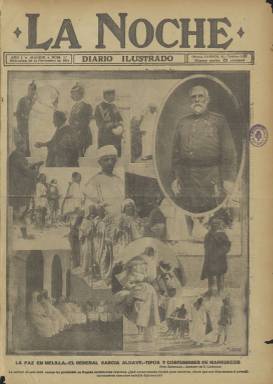
Título: La Noche (Madrid)
Colección: Periódicos
Ámbito geográfico: Madrid
Lugar de publicación: Madrid
Fechas: 29/11/1911-07/04/1912

Con el subtítulo de Diario ilustrado, se trata de un periódico efímero que tuvo un escaso medio año de vida entre 1911 y 1912, periodo marcado por una gran competencia de la prensa gráfica que puede explicar su corta existencia. Como diario vespertino tuvo la competencia sobre todo de El Heraldo de Madrid, periódico de gran popularidad situado más a la izquierda.

    En su primer número, La Noche incluía una columna de presentación en la que manifestaba su propósito de hacer un periódico moderno dando prioridad “al redactor fotógrafo ya que la pluma, acaso por haber pecado mucho, no es tan elocuente como el cliché, casi virgen aún de supercherías y mixtificaciones”.

    Como curiosidad, en este primer número puede verse en páginas interiores una fotografía con los niños que acudían a la puerta de la imprenta a recoger los ejemplares para su venta o un anuncio de la gran sastrería de El Corte Inglés, que ya tenía tres establecimientos en el centro de Madrid.

    En un tiempo en el que todavía predominaba la prensa de partido sobre la prensa de información,  La Noche se declaraba imparcial e independiente en el terreno político, aunque por su contenido puede calificarse de un medio moderado y monárquico. Son de destacar sus portadas totalmente gráficas, en numerosas ocasiones con la foto de una actriz y en otras con fotografías de las tropas en Marruecos a toda página, lo que le hacía parecerse a las revistas ilustradas. En efecto, la guerra del Rif, de plena actualidad, fue un asunto recurrente en sus páginas.

   El periódico, que contó con la colaboración de escritores como Unamuno o Jacinto Benavente, fue fundado y dirigido por Antonio Palomero, escritor y periodista que había trabajado con anterioridad en casi todos los periódicos madrileños. Como poeta y autor de versos satíricos y humorísticos solía firmar con el pseudónimo de  Gil Parrado. También fue autor de obras teatrales, libretos de zarzuelas y una novela corta, Don Claudio.  Poco antes de la desaparición del periódico, afectado por una enfermedad pulmonar, Palomero dejó la dirección para trasladarse a Málaga, su ciudad de nacimiento, donde falleció en 1914.

    El periódico, que contaba con 12 páginas, dedicó amplio espacio a la información de sucesos y a los deportes, a fenómenos novedosos como el automovilismo y la aviación, al mundo de los toros y al teatro, la ópera y la zarzuela. No sólo la fotografía, también el dibujo y la caricatura tuvieron una presencia destacada en sus páginas.

   Uno de los principales hechos nacionales ocurridos durante la existencia del periódico fueron los llamados sucesos de Cullera. En el curso de una huelga general, un juez y dos funcionarios fueron linchados por una turba incontrolada después de que el juez hubiera disparado contra la multitud. A raíz de estos hechos siete hombres fueron condenados a muerte pero se produjo una reacción de la izquierda y de personalidades destacadas como Galdós, Ramón y Cajal o Joaquín Sorolla pidiendo el indulto y el Rey acabó indultándolos a todos, incluso al cabecilla Juan Jover. Canalejas dimitió como presidente pero el Rey le ratificó su confianza.

En su portada del 15 de enero de 1912, La Noche publicaba una fotografía del Rey con el siguiente texto: “S. M. el Rey Do. Alfonso XIII, cuyo generoso rasgo de piedad ha conmovido a España entera”.

[Descripción publicada el 31/10/2019]